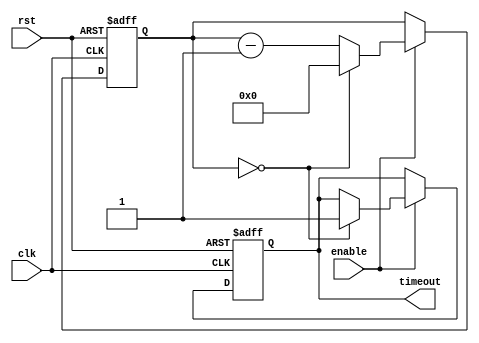
module Watchdog_timer (
    input wire clk,
    input wire rst,
    input wire enable,
    output reg timeout
);

reg [31:0] count;

always @ (posedge clk or posedge rst) begin
    if (rst) begin
        count <= 32'd0;
        timeout <= 1'b0;
    end else if (enable) begin
        if (count == 32'd0) begin
            timeout <= 1'b1;
            count <= 32'd0;
        end else begin
            count <= count - 1;
        end
    end
end

endmodule